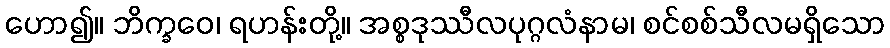
ဟော၍။ ဘိက္ခဝေ၊ ရဟန်းတို့။ အစ္စဒုဿီလပုဂ္ဂလံနာမ၊ စင်စစ်သီလမရှိသော